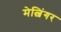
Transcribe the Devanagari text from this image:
मेत्जिंगर